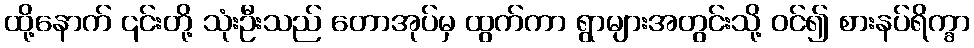
ထို့နောက် ၎င်းတို့ သုံးဦးသည် တောအုပ်မှ ထွက်ကာ ရွာများအတွင်းသို့ ဝင်၍ စားနပ်ရိက္ခာ